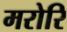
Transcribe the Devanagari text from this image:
मरोरि